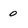
Character: 0